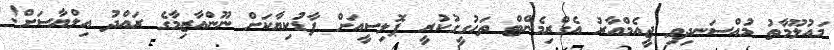
މައުލޫމާތު މުއްސަނދިވި ޖީއެމްއާރު އެގްރިމެންޓް ތަހުގީގުކުރީ ޕޮލިސީއަށް ފާޑުކިޔާކަށް ނޫންއާޒިމާގެ ރައްދު އިލްޔާސަށް!